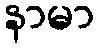
နာမာ